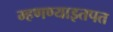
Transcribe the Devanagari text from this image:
म्हणण्याइतपत